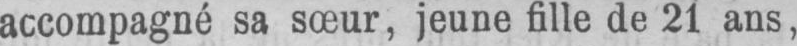
accompagné sa sœur, jeune fille de 21 ans,